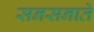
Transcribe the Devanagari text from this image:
सनसनाते